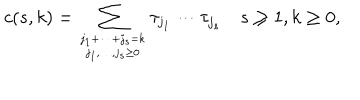
c ( s , k ) = \sum _ { j _ { 1 } + \cdots + j _ { s } = k \atop j _ { 1 } , \ldots , j _ { s } \geq 0 } \tau _ { j _ { 1 } } ^ { } \cdots \tau _ { j _ { s } } ^ { } \quad s \geq 1 , k \geq 0 ,